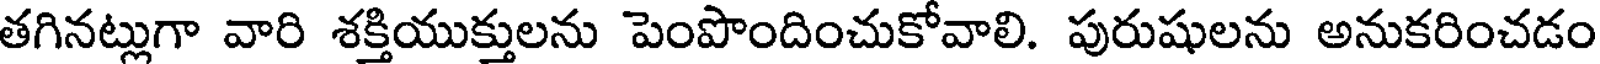
తగినట్లుగా వారి శక్తియుక్తులను పెంపొందించుకోవాలి. పురుషులను అనుకరించడం